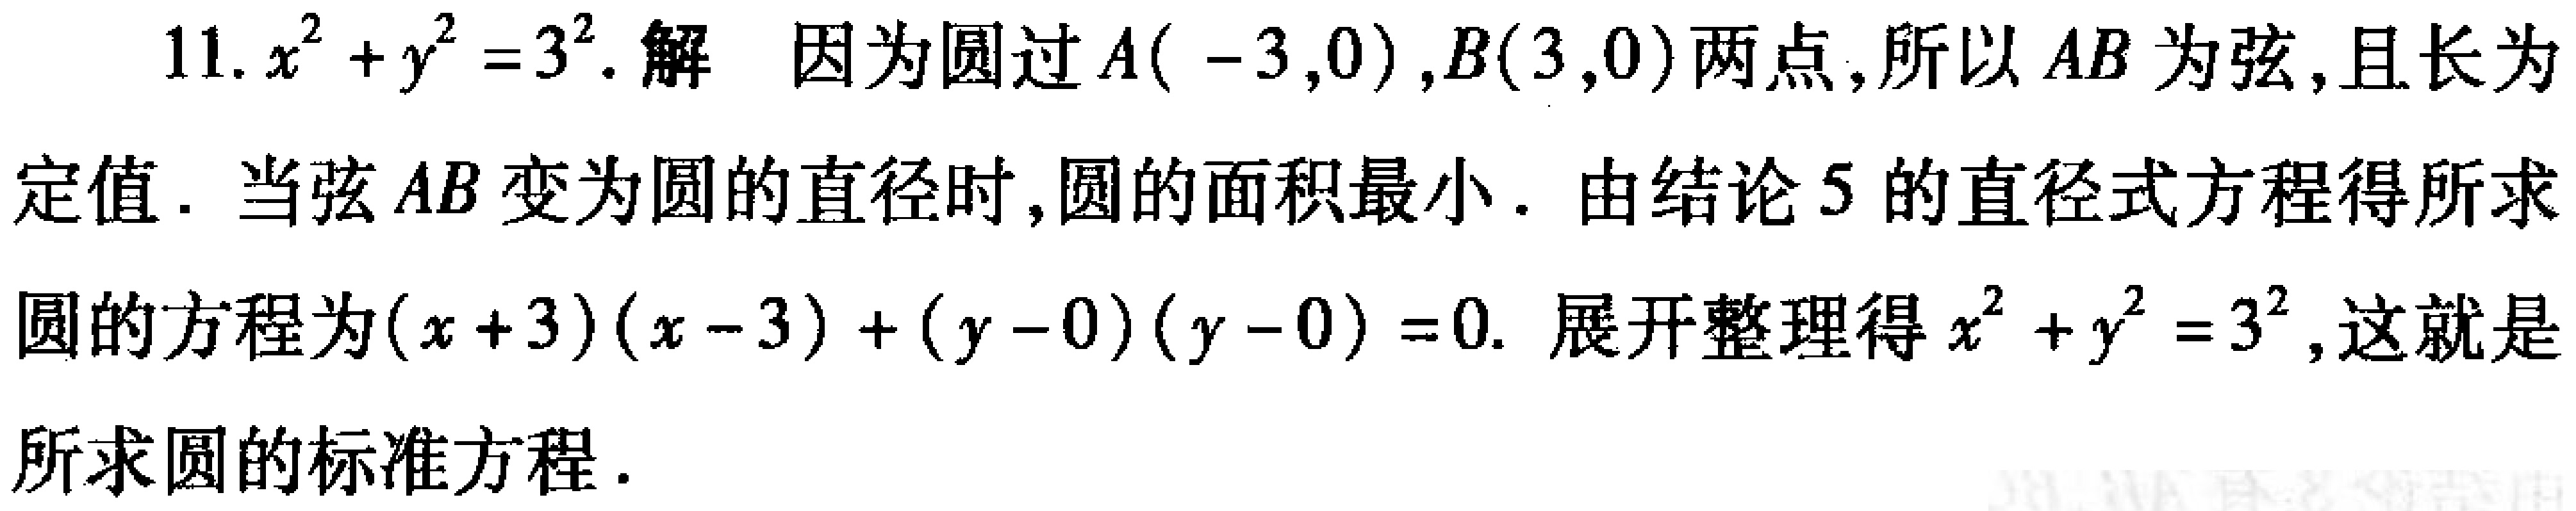
11. \(x^{2}+y^{2}=3^{2}\). 解 因为圆过\(A(-3,0)\), \(B(3,0)\)两点, 所以\(AB\)为弦, 且长为定值. 当弦\(AB\)变为圆的直径时, 圆的面积最小. 由结论5的直径式方程得所求圆的方程为\((x + 3)(x - 3)+(y - 0)(y - 0)=0\). 展开整理得\(x^{2}+y^{2}=3^{2}\), 这就是所求圆的标准方程.